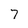
Character: 7